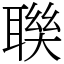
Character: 聫